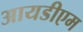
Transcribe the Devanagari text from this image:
आयडीएम